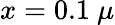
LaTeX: x=0.1\ \mu